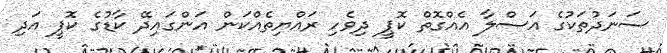
ސަނަދުތަކުގެ އަސްލާ އެއްގޮތް ކޮޕީ ދިވެހި ރައްޔިތެއްކަން އަންގައިދޭ ކާޑުގެ ކޮޕީ އަދި